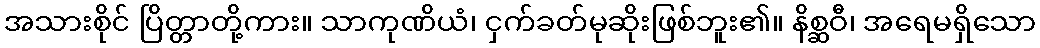
အသားစိုင် ပြိတ္တာတို့ကား။ သာကုဏိယံ၊ ငှက်ခတ်မုဆိုးဖြစ်ဘူး၏။ နိစ္ဆဝီ၊ အရေမရှိသော